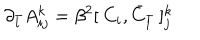
\partial _ { \bar { l } } A _ { i j } ^ { k } = \beta ^ { 2 } [ \: C _ { i } , { \bar { C } } _ { \bar { l } } \: ] _ { j } ^ { k }